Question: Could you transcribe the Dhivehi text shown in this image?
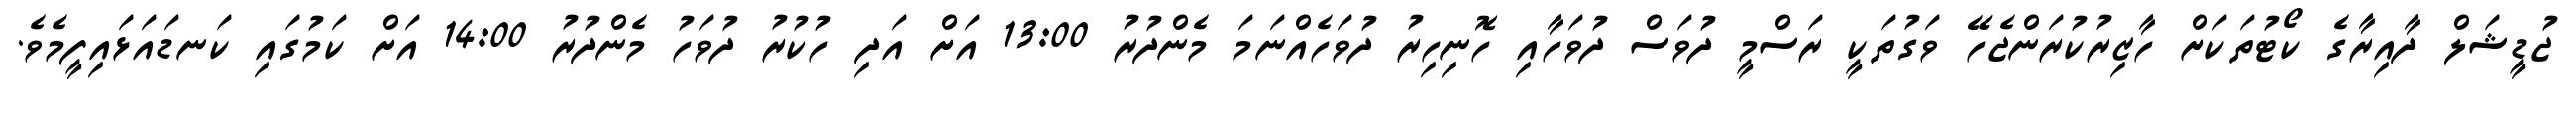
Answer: ޖުޑީޝަލް ދާއިރާގެ ކޯޓުތަކަށް ހާޒިރުކުރަންޖެހޭ ވަގުތަކީ ރަސްމީ ދުވަސް ދުވަހާއި ހޮނިހިރު ދުވަހެއްނަމަ މެންދުރު 13:00 އަށް އަދި ހުކުރު ދުވަހު މެންދުރު 14:00 އަށް ކަމުގައި ކަނޑައަޅައިފީމެވެ.